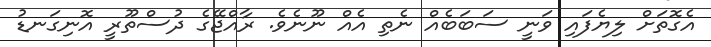
އެގޮތަށް ލިޔެފައި ވަނީ ސަބަބެއް ނެތި އެއް ނޫނެވެ. ރާއްޖޭގެ ދުސްތޫރީ އޮނިގަނޑު